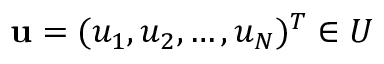
\mathbf { u } = ( u _ { 1 } , u _ { 2 } , \ldots , u _ { N } ) ^ { T } \in U